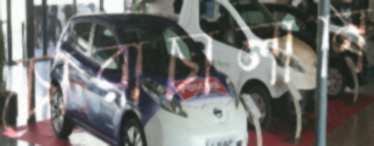
চোরাচালানি